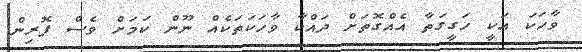
ވާހަކަ އަކީ ހަގީގަތާ އެއްގޮތަށް ދައްކާ ވާހަކަތަކެއް ނޫން ކަމަށް ވެސް ފޮރިން